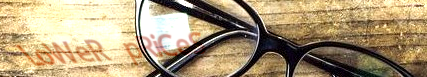
LoWeR pRiCeS